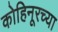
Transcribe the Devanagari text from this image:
कोहिनूरच्या